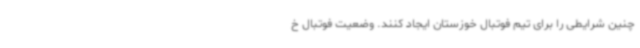
چنین شرایطی را برای تیم فوتبال خوزستان ایجاد کنند. وضعیت فوتبال خ